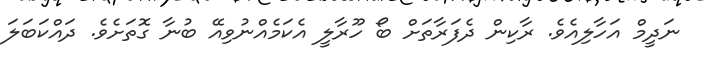
ނަދީމް އަހާލިއެވެ. ރާކިން ދެފަރާތަށް ބޯ ހޫރާލީ އެކަމެއްނުވިއޭ ބުނާ ގޮތަށެވެ. ދައްކަބަލަ